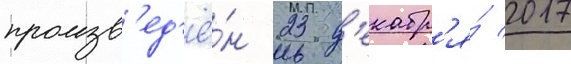
произв'ед'ё́н 23 д'екабр'я́ 2017